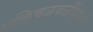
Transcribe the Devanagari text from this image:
भक्तिचळवळींमध्ये